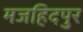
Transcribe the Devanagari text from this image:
मजहिदपुर